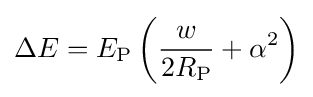
\Delta E=E_{\textrm {P}}\left({\frac {w}{2R_{\textrm {P}}}}+\alpha ^{2}\right)